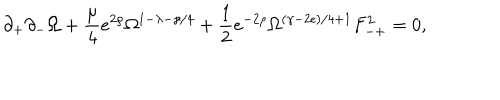
\partial _ { + } \partial _ { - } \Omega + \frac { \mu } { 4 } e ^ { 2 \rho } \Omega ^ { 1 - \lambda - \gamma / 4 } + \frac { 1 } { 2 } e ^ { - 2 \rho } \Omega ^ { ( \gamma - 2 \epsilon ) / 4 + 1 } F _ { - + } ^ { 2 } = 0 ,